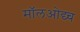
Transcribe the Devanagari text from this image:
मॉलओद्य्च